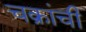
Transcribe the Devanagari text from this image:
चक्रांची